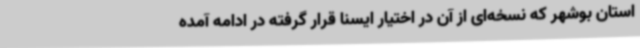
استان بوشهر که نسخه‌ای از آن در اختیار ایسنا قرار گرفته در ادامه آمده